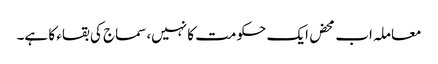
معاملہ اب محض ایک حکومت کا نہیں،سماج کی بقاء کا ہے۔